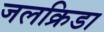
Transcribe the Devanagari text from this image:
जलक्रिडा